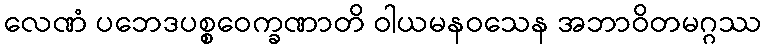
လေဏံ ပဘေဒပစ္စဝေက္ခဏာတိ ဝါယမနဝသေန အဘာဝိတမဂ္ဂဿ